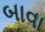
બાવા